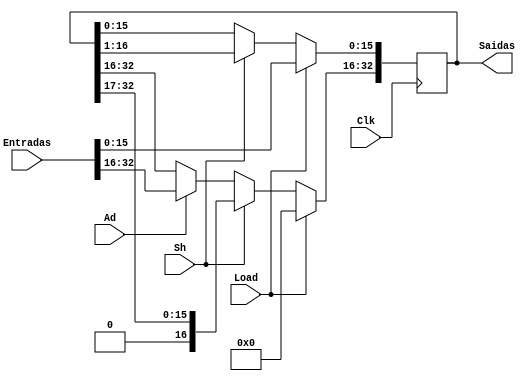
module ACC (
	input Load, Sh, Ad, Clk, 
	input [32:0] Entradas,
	output reg [32:0] Saidas
);

	always @(posedge Clk) begin
		if(Load) Saidas <= {17'b0, Entradas[15:0]};
		else if(Sh) Saidas <= Saidas >> 1;
		else if(Ad) Saidas[32:16] <= Entradas[32:16];
	end
endmodule